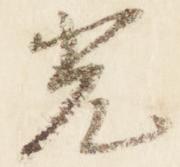
光